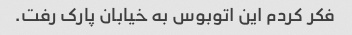
فکر کردم این اتوبوس به خیابان پارک رفت.